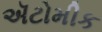
ઍટોમીક